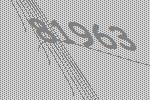
81963